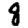
Digit: 8